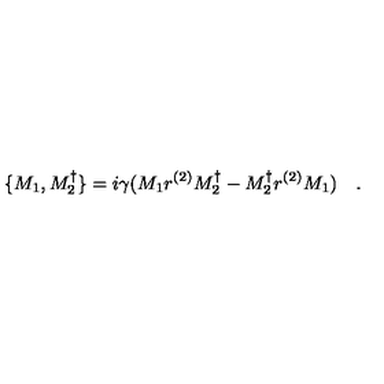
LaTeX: \, \{ M _ { 1 } , M _ { 2 } ^ { \dagger } \} = i \gamma ( M _ { 1 } r ^ { ( 2 ) } M _ { 2 } ^ { \dagger } - M _ { 2 } ^ { \dagger } r ^ { ( 2 ) } M _ { 1 } ) \quad .